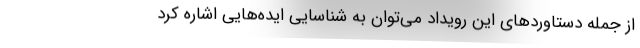
از جمله دستاوردهای این رویداد می‌توان به شناسایی ایده‌هایی اشاره کرد